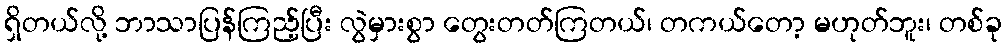
ရှိတယ်လို့ ဘာသာပြန်ကြည့်ပြီး လွဲမှားစွာ တွေးတတ်ကြတယ်၊ တကယ်တော့ မဟုတ်ဘူး၊ တစ်ခု